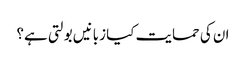
ان کی حمایت کیا زبانیں بولتی ہے؟